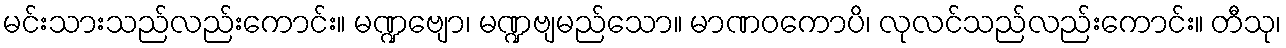
မင်းသားသည်လည်းကောင်း။ မဏ္ဍဗျော၊ မဏ္ဍဗျမည်သော။ မာဏဝကောပိ၊ လုလင်သည်လည်းကောင်း။ တီသု၊